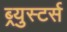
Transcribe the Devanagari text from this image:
ब्र्युस्टर्स